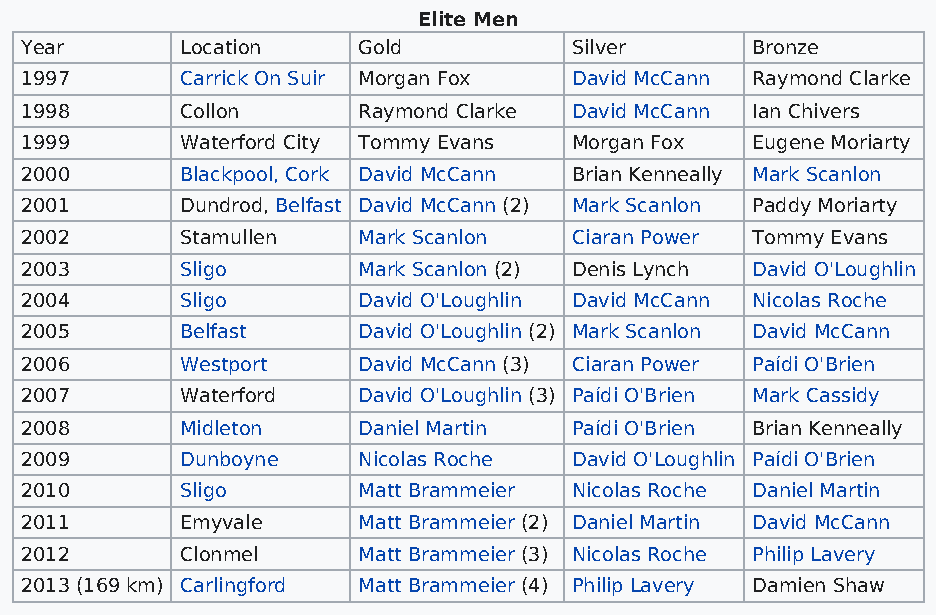
Elite Men
 Year       Location    Gold          Silver      Bronze
 1997       Carrick On Suir Morgan Fox David McCann Raymond Clarke
 1998       Collon      Raymond Clarke David McCann Ian Chivers
 1999       Waterford City Tommy Evans Morgan Fox Eugene Moriarty
 2000       Blackpool, Cork David McCann Brian Kenneally Mark Scanlon
 2001       Dundrod, Belfast David McCann (2) Mark Scanlon Paddy Moriarty
 2002       Stamullen   Mark Scanlon  Ciaran Power Tommy Evans
 2003       Sligo       Mark Scanlon (2) Denis Lynch David O'Loughlin
 2004       Sligo       David O'Loughlin David McCann Nicolas Roche
 2005       Belfast     David O'Loughlin (2) Mark Scanlon David McCann
 2006       Westport    David McCann (3) Ciaran Power Paídi O'Brien
 2007       Waterford   David O'Loughlin (3) Paídi O'Brien Mark Cassidy
 2008       Midleton    Daniel Martin Paídi O'Brien Brian Kenneally
 2009       Dunboyne    Nicolas Roche David O'Loughlin Paídi O'Brien
 2010       Sligo       Matt Brammeier Nicolas Roche Daniel Martin
 2011       Emyvale     Matt Brammeier (2) Daniel Martin David McCann
 2012       Clonmel     Matt Brammeier (3) Nicolas Roche Philip Lavery
 2013 (169 km) Carlingford Matt Brammeier (4) Philip Lavery Damien Shaw